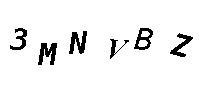
3MNVBZ